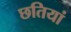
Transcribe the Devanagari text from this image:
छतियां